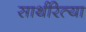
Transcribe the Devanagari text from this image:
सार्थरित्या